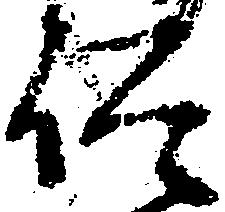
仰